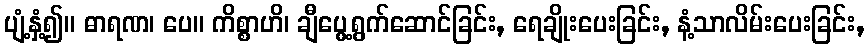
ပျံ့နှံ့၍။ ဓာရဏ၊ ပေ။ ကိစ္စာဟိ၊ ချီပွေ့ရွက်ဆောင်ခြင်း, ရေချိုးပေးခြင်း, နံ့သာလိမ်းပေးခြင်း,